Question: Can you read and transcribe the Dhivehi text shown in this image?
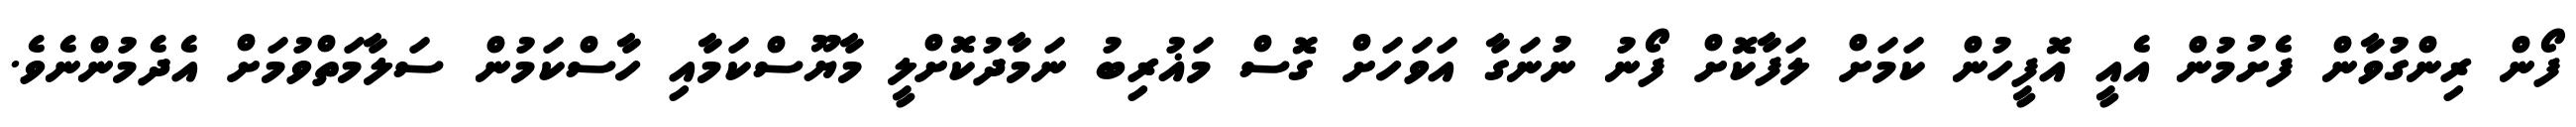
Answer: ފޯން ރިންގުވާން ފެށުމުން އެއީ އޮފީހުން ކަމަށް ލަފާކޮށް ފޯނު ނުނަގާ އަވަހަށް ގޮސް މަޣުރިބު ނަމާދުކޮށްލީ މާޔޫސްކަމާއި ހާސްކަމުން ސަލާމަތްވުމަށް އެދެމުންނެވެ.